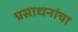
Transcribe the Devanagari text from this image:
प्रसाधनांचा